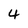
Character: 4